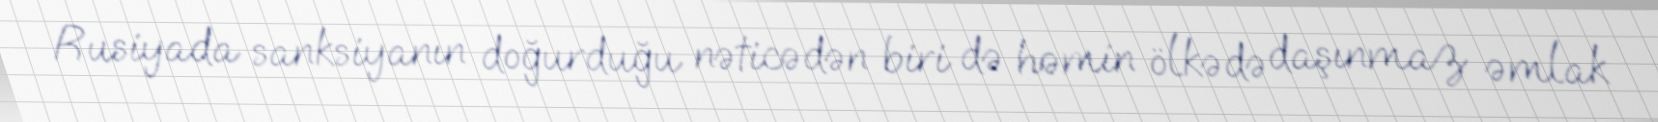
Rusiyada sanksiyanın doğurduğu nəticədən biri də həmin ölkədə daşınmaz əmlak